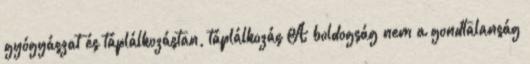
gyógyászat és táplálkozástan, táplálkozás A boldogság nem a gondtalanság